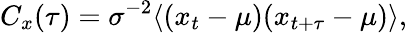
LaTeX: C_{x}(\tau)=\sigma^{-2}\langle(x_{t}-\mu)(x_{t+\tau}-\mu)\rangle,